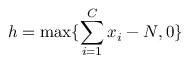
h = \operatorname* { m a x } \{ \sum _ { i = 1 } ^ { C } x _ { i } - N , 0 \}